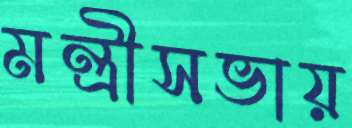
মন্ত্রীসভায়